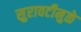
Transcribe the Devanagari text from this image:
सुरावटीमुळे